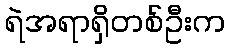
ရဲအရာရှိတစ်ဦးက